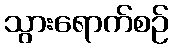
သွားရောက်စဉ်